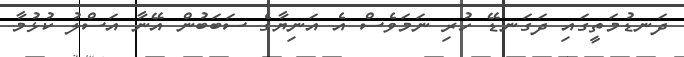
ދަނޑުމަތީގައި ދަގަނޑޭ ހުރި ނަމަވެސް އެ އަނިޔާގެ ސަބަބުން އޭނާ އަސްލު ކުޅުމާ